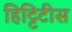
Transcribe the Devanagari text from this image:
हिट्टिटीस